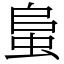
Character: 蛗